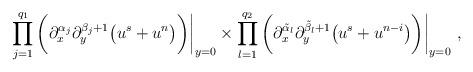
LaTeX: \begin{align*} \prod^{q_1}_{j=1}\bigg(\partial_x^{\alpha_j} \partial_y^{\beta_j + 1}\big( u^s + {u}^n \big) \bigg)\bigg|_{y=0}\times \prod^{q_2}_{l=1} \bigg(\partial_x^{\tilde \alpha_l} \partial_y^{\tilde\beta_l + 1}\big( u^s + {u}^{n-i} \big)\bigg)\bigg|_{y=0}\,\, ,\end{align*}